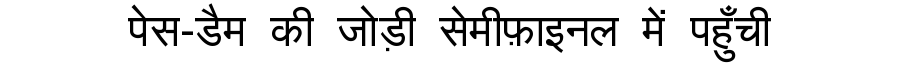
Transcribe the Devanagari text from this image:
पेस-डैम की जोड़ी सेमीफ़ाइनल में पहुँची